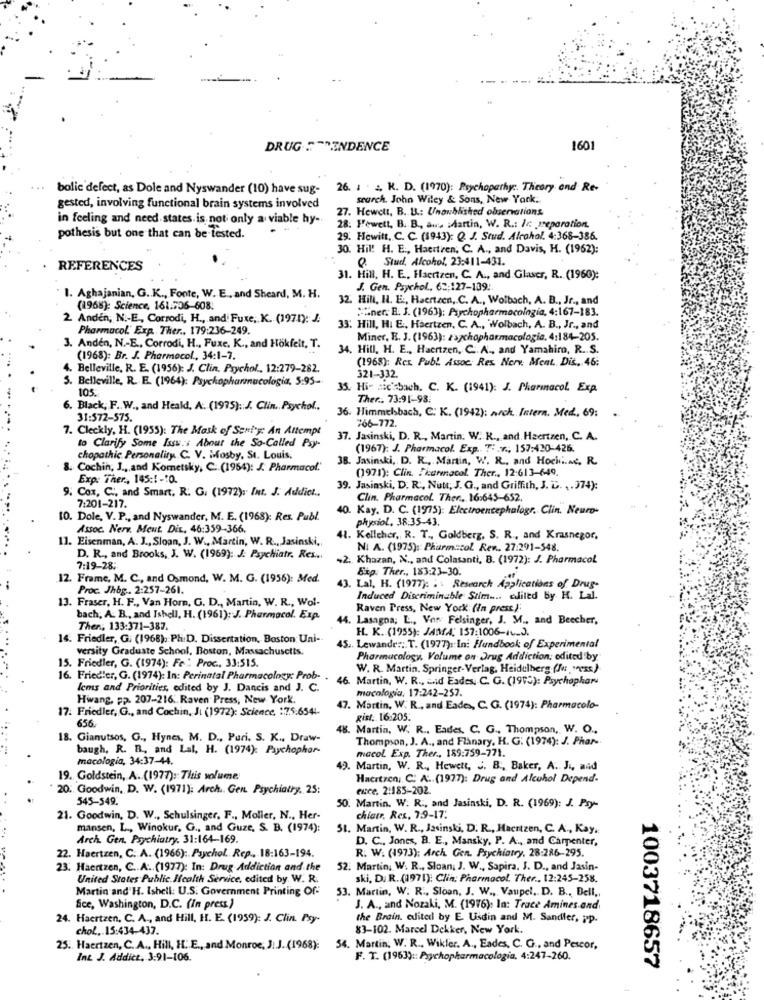
DRUG TRENDENCE
160
...
bolic defect, as Dole and Nyswander (10) have sug-
26. 1 2, K. D. (1970): Psychopathy :. Theory and Re-
search. John Wiley & Sons, New York,
gested, involving functional brain systems involved
27. Hewett, B. B .: Unoublished observations.
in feeling and need states. is not only a viable hy-
28. Fewett, B. B ., a. : Martin, W. R .: In preparation.
pothesis but one that can be tested.
29. Hewitt, C. C. (1943): Q. J. Stud. Alcohol. 4:368-386.
30. Hil! H. E ., Haertren, C. A ., and Davis, H. (1962):
Q. Stud, Alcohol, 23:411-431.
REFERENCES
31. Hill, H. E ., Haertzen, C. A ., and Glaser, R. (1960):
J. Gen. Psychol ., 62;127-109:
1. Aghajanian, G .. K ., Fonte, W. E ., and Sheard, M. H.
32. Hill, I. E ., Haertzen ,. C. A ., Wolbach, A. B ., Jr ., and
(1968): Science, 161.506-608.
Miner. B. J. (1963): Psychopharmacologia, 4:167-183.
2 Anden, N .- E ., Corrodi, H ., and Fuxe, K. (1971): J.
Pharmacol. Exp. Ther ., 179:236-249.
33: Hill, HI E .. Haertzen, C. A ., Wolbach, A. B ., Jr ., and
Miner, E. J. (1963): zachopharmacologie, 4:184-205.
3. Anden, N .- E ., Corrodi, H ., Fuxe. K ., and Hökfelt, T.
34. Hill, H. E ., Haertzen, C .. A ., and Yamahiro, R. S.
(1968): Br. J. Pharmacol ., 34:1-7.
(1968): Rex. Publ Assoc. Res Nerv. Ment. Dis. 46:
4. Belleville, R. E. (1956): J. Clin. Psychol ., 12:279-282.
5. Belleville, R. E. (1964): Psychopharmnucologia, 5:95-
321-332.
105.
35. Hi- nic'sbach. C. K. (1941): J. Pharmnacol. Exp.
Ther .. 73:91-98:
6. Black, F. W ., and Heald, A. (1995): J. Clin. Psychol.
31:572-575.
36. Himmelsbach, C: K. (1942): nach Intern. Med. 69:
766-772
7. Cleckly, H. (1955): The Mask of Sentry: An Attempt
37. Jasinski, D. R ., Martin. W. K ., and. Haertzen, C. A.
to Clarify Some Isss:s About the So-Called Psy-
(1967): J. Pharmacol. Exp. 7: . v ., 157:420-426.
chopathic Personality C. V. Mosby, St. Louis,
38. Jasinski, D. R ., Martin, W. R ., and Hochine, R.
8. Cochin, J .,, and Kommetsky, C. (1954): J. Pharmacol."
(1971): Clin. Ikarenacol. Ther ., 12:613-649.
Exp: Ther ., 145:1-10.
9. Cox, C ., and Smart. R. G. (1972), Int. J. Addict ..
39. Jasinski, D. R ., Nutt; J. G ., and Griffith, J. G. ,. 974):
Clin. Pharmacol. Ther ., 16:645-652.
7:201-217.
40. Kay. D. C. (1975): Electroencephalogr. Clin. Neuro-
10. Dole, V. P ., and Nyswander, M. E. (1968): Res. Publ.
physiol. 38:35-43.
Assoc. Nerv. Meut. Dir, 46:359-366.
11. Eisenman, A. J ., Sloan, J. W ., Martin, W. R ., Jasinski ,,
41. Kelleher, R. T ., Goldberg, S. R ., and Krasnegor,
NI A. (1975): Pharm:col. Ren .. 27:291-548.
D. R ., and Brooks, J. W. (1969): J. Psychiatr, Res ..
+2. Khazan, N ., and Colasanti, B. (1972): J. Pharmacol
7:19-28;
Exp. Ther ., 183:23-30.
12. Frame, M. C ., and Osmond, W. M. G. (1956): Med.
Proc. Jhbg .. 2:257-261.
43. Lal. H. (1977): : \ Research Applications of Drug-
13. Fraser, H. F ., Van Horn, G. D ., Martin, W. R ., Wol-
Induced Discriminable Stim .... edited by K. Lal.
Raven Press, New York: (In press);
bach, A. B ., and Ishell, H. (1961): J. Pharmacol. Exp.
44. Lasagna; L ., Vor Felsinger, J. M ., and Beecher,
Then, 133:371-387.
H. K. (1955): JANA; 137:1006-16.J.
14: Friedler, G: (1968), Ph.D. Dissertation, Boston Uni --
versity Graduate School, Boston, Massachusetts.
45 .. Lewande ::. T. (1977) :: In: Handbook of Experimental
Pharmacology, Volume on Drug Addiction; edited by
15. Friedler, G. (1974): Fe : Proc ., 33:515.
W. R. Martin, Springer-Verlag, Heidelberg (Mu: ""ess)
16. Friedler, G. (1974): In: Perinatal Pharmacology: Prob-
46. Martin, W. R ., and Eades ,. C. G. (199℃): Psychophar
lcms and Priorities, edited by J. Dancis and J. C.
macologia, 17:242-257.
Hwang, pp. 207-216 .. Raven Press, New York.
17: Friedler, G ., and Cochin, Ji (1972): Science. : 7.5.654-
47. Martin, W. R ., and Eades, C. G. (1974): Pharmacolo-
656.
gist. 16:205.
48. Martin, W. R ., Eades, C. G ., Thompson, W. O .,
18. Gianutsos, G ., Hynes, M. D ., Puri. S. K ., Draw-
Thompson, J. A ., and Flanary, H. G. (1974): J. Phar-
baugh, R. B. and Lal, H. (1974): Psychophar
macol. Exp. Ther ., 189:759-771.
macologia, 34:37-44.
49. Martin, W. R ., Hewett, . B ., Baker, A. J ., and
19. Goldstein, A. (1977): This volume
Hacitzen, C: A .. (1977): Drug and Alcohol Depend-
20. Goodwin, D. W. (1971): Arch .. Gen. Psychiatry, 25:
ewee. 2:185-202.
545-549.
50. Martin. W. R ., and Jasinski, D. R. (1969): J. Psy-
21. Goodwin, D. W ., Schulsinger, F ., Moller, N ., Her-
chiatr. Res, 79-17:
mansen, L ., Winokur, G ., and Guze, S. B. (1974):
51. Martin, W. R ., Jasinski, D. R ., Hacıtzen, C. A ., Kay.
Arch. Gen. Psychiatry. 31:164-169.
D. C ., Jones, B. E ., Mansky, P. A ., and Carpenter,
22. Haertzen, C. A. (1966): Psychol. Rep ., 18:163-194.
R. W. (1973): Arch. Gen. Psychiatry, 28:286-295.
23. Haertzen, C .. A .. (1977): In: Drug Addiction and the
52. Martin, W. R ., Sloan; J. W ., Sapira. J. D ., and Jasin-
United States Public. Icalth Service, edited by. W. R.
ski, D. R. (1971): Clin: Pharmacol. Ther .. 12:245-258.
Martin and H. Ishell: U.S. Government Printing Of-
53. Martin, W. R ., Sloan, J. W ., Vaupel, D. B ., Bell ,,
Sice, Washington, D.C. (In press)
J. A ., and Nozaki, M. (1976). In: Trace Amines and
24. Haertzen, C. A ., and Hill, H. E. (1959): J. Clin. Psy-
the Brain. edited by E. Usdin and M. Sandler, pp.
chol ... 15:434-437.
83-102. Marcel Dekker, New York.
25. Haertzen, C. A ., Hill, H. E ., and Monroe, J: J. (1968):
54. Martin, W. R ., Wikler. A ., Eades, C. G ., and Pescor,
Int J. Addict, 3:91-106.
F. T. (1963) :: Psychopharmacologia, 4:247-260.
1003718657